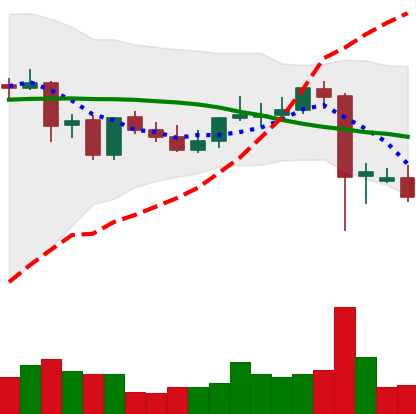
Ticker: DOGE-USD
Chart end date: 2021-09-10
Forward return: 3.215%
Label: up_3_5